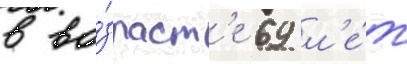
в во́зраст'е 69 л'е́т